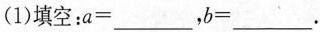
(1)填空：$$a = ___$$，$$b =___ $$。